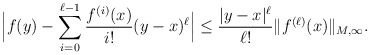
\begin{align*}\Big| f(y) - \sum_{i=0}^{\ell-1} \frac{f^{(i)}(x)}{i !} (y-x)^\ell\Big| \leq \frac{|y-x|^\ell}{\ell !} \|f^{(\ell)}(x)\|_{M,\infty}.\end{align*}